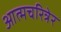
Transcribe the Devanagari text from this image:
आत्मचरित्रेर